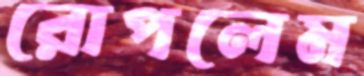
রোপলেম